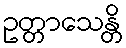
ဥတ္တာသေန္တိ